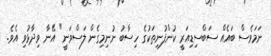
ނަމަވެސް ބައެއް ސަބްސިޑިއަރީ ކުންފުނިތަކުގެ ހިސާބު ނުނިމިގެން ލަސްވަނީ" އޭނާ ވިދާޅުވި އެވެ.